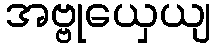
အဗ္ဗုယှေယျ